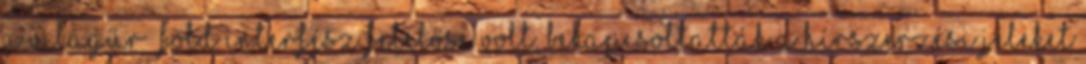
a világűr Föld interfész felelőse volt, bekapcsoltatták a hírszerzési jeleket